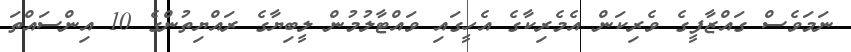
ނަމަވެސް ގައްޒާފީގެ ވެރިކަން އެމެރިކާގެ އެހީގައި ވައްޓާލުމުން ލީބިޔާގެ ރައްޔިތުންގެ 10 އިންސައްތަ